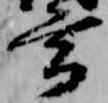
玄